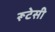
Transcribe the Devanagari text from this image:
रूटेसी